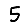
Digit: 5